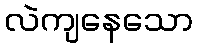
လဲကျနေသော